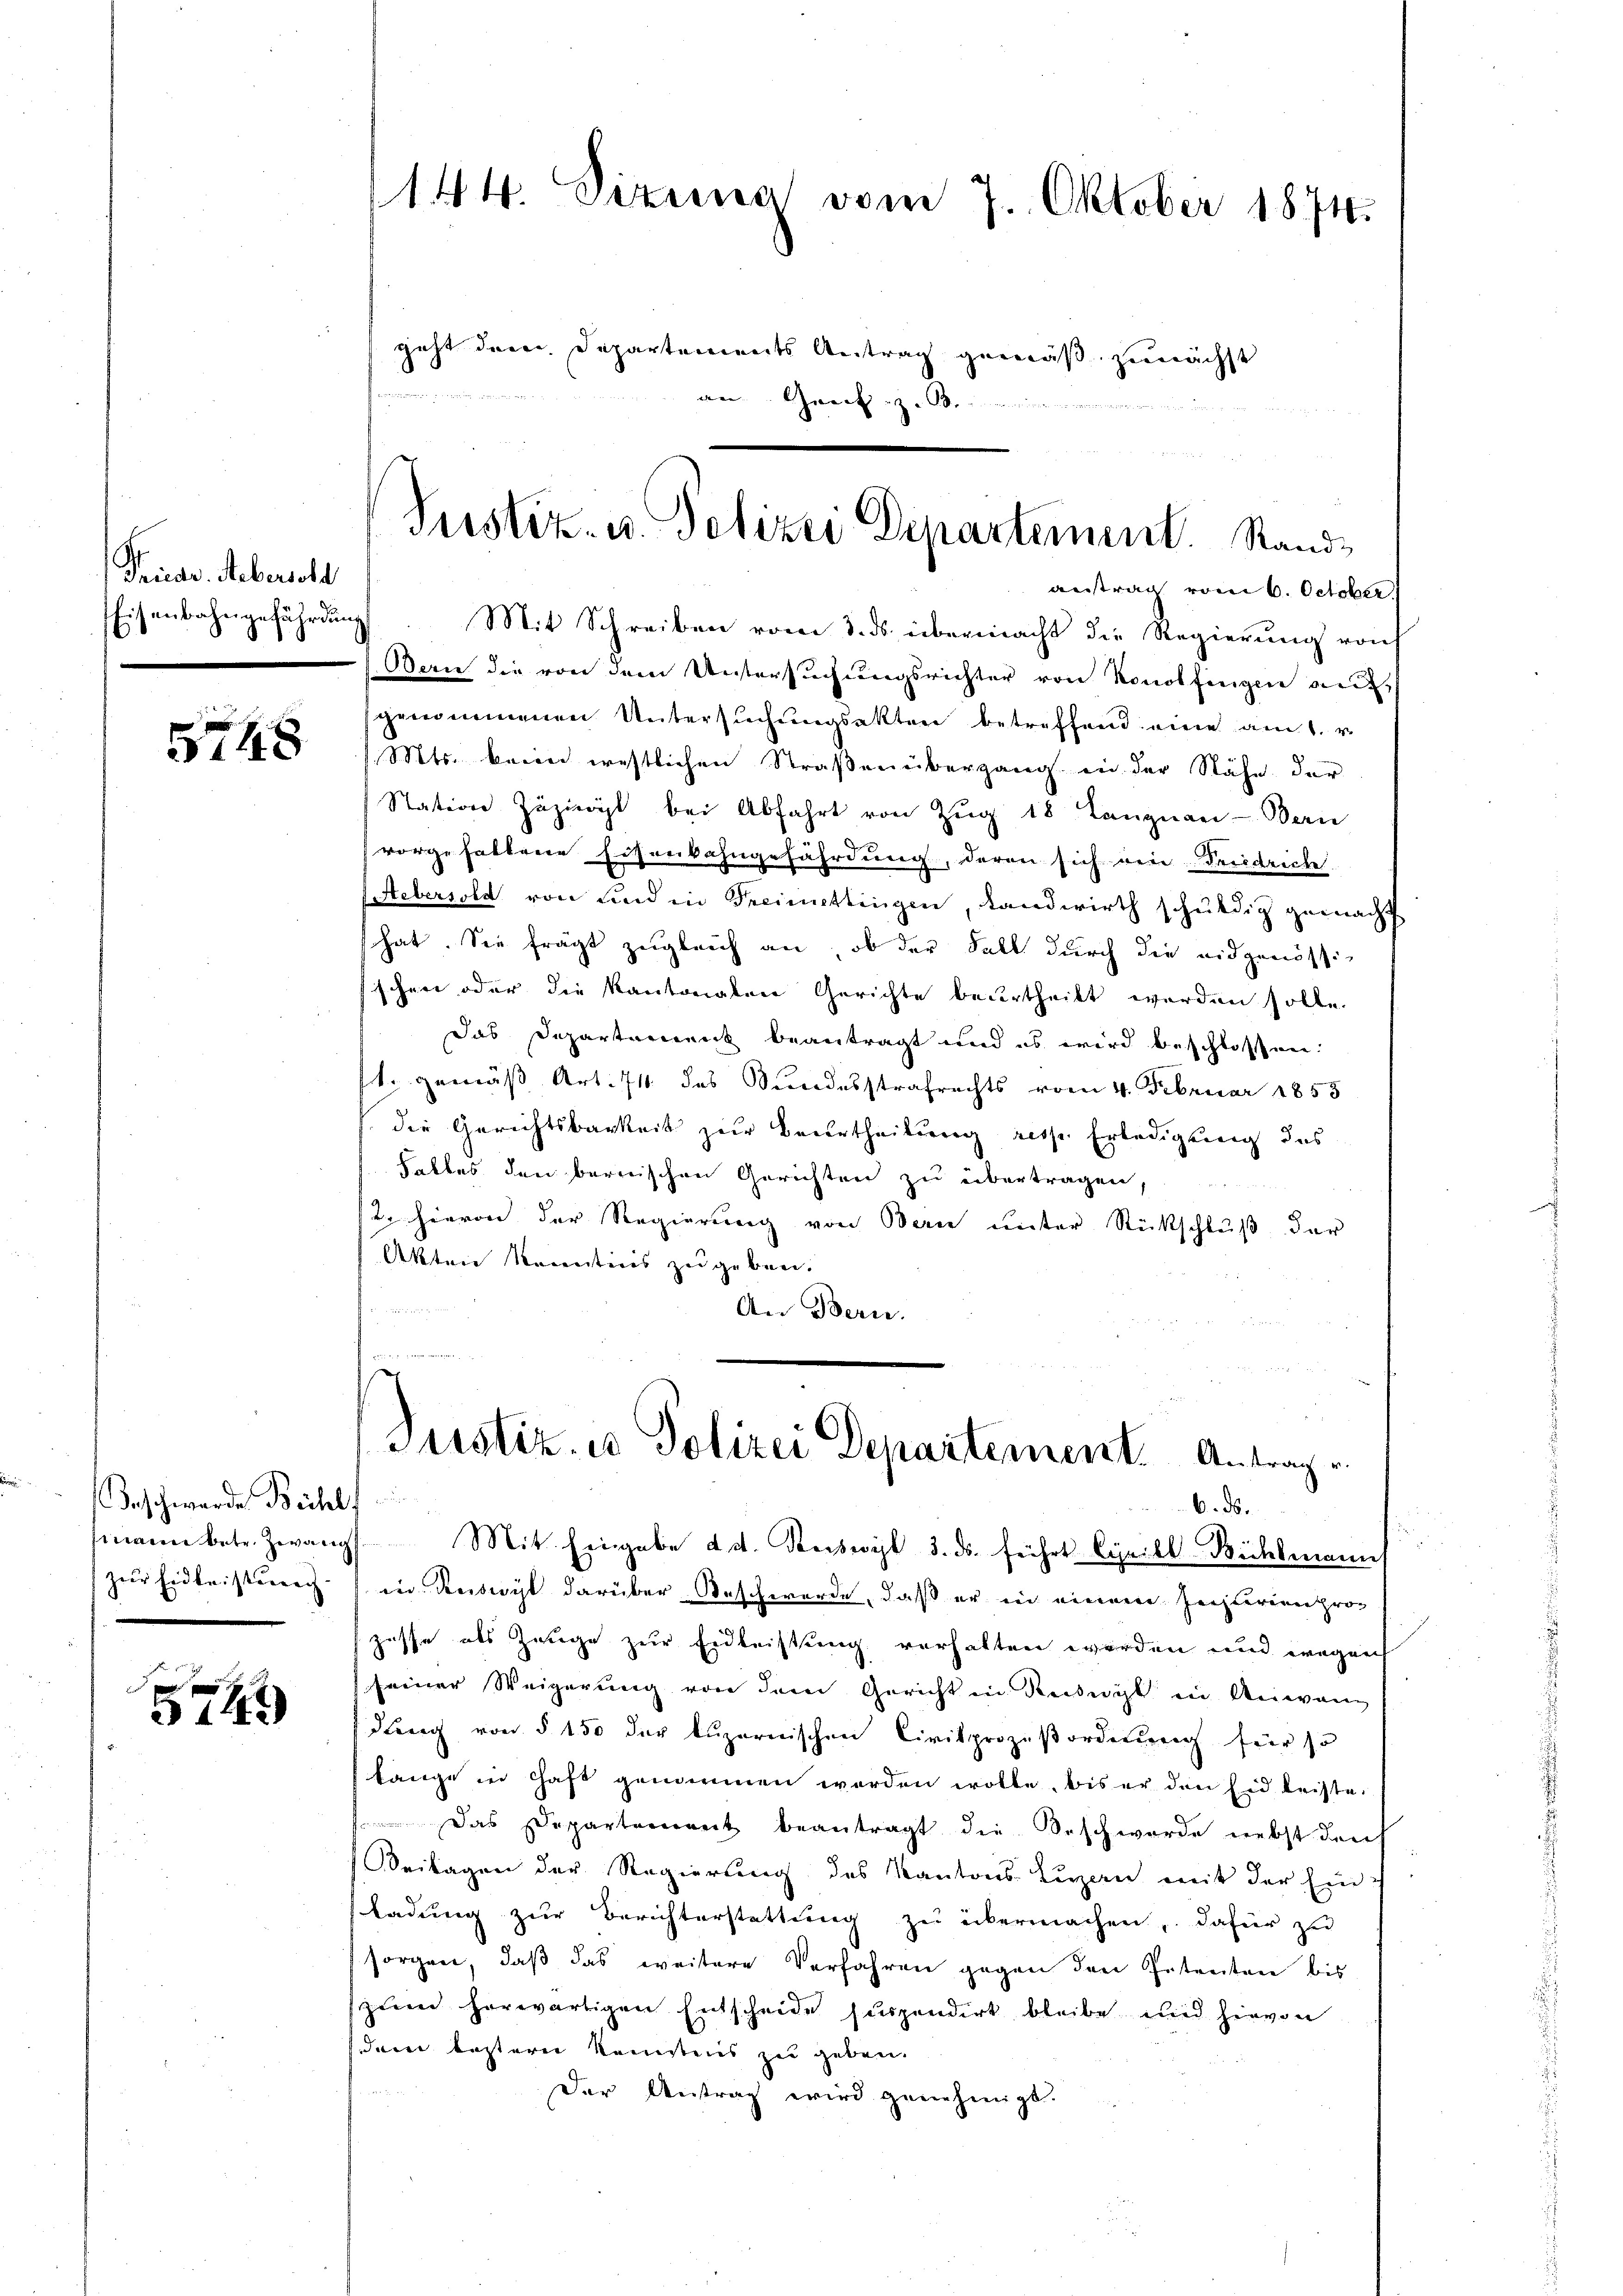
Tride Aebersche
Eisenbahngefährdungs

5748

Geschwerde Büchl
zur Eidleistung
e

m
3442)

144. Sizina vom 7. Oktober 1874.

geht der Departements Antrag gemäß, zunächst
 |
Gent eine

Bern die von dem Untersuchungsrichter von Konolfingen auf
genommenen Untersŭchŭngsakten betreffend eine am 1. v.
Mts. keine westlichen Straßenübergang in der Nähe der
Station Zuziert bei Abfahrt von Zŭg 18 Tanznau - Bern
vorgehaltene Eisenbahngefährdung, deren sich vere Friedriche
Aebersold von sind in Treimettingen, Sandwirth schuldig gemacht
hat. Sie frägt zugleich an, ob der Fall durch die eidgenössi
sschen oder die kantonalen Gerichte beurtheilt werden solle.
Das Departement beantragt und es wird beschlossen:
1. gemäß Art. 711 des Bundesstrafrechts vom 4. Februar 1855
die Gerichtsbarkeit zur Beurtheilung resse Erledigung des
Falles den bernischen Gerichten zu übertragen
2. hievon der Regierung von Berne unter Rückschluß der
Akten kanntnis zu geben.
An Bern.

Justiz- u. Polizei Departement. Stands
anstrag vom 6. October
Mit Schreiben vom 3. ds. übermacht die Regierung rauh

Justiz, in Polizei Departement. Antrag
6. ds.
fmann betr. Zwangs Mit Eingabe d. d. Ruswyl 3. ds. führt lyribl. Bühlmanns

in Reiseist darüber Beschwerde, daß er in einem Zeiterienpropasse als Zeuge zur Erdleistung verhalten werden und wegen
seiner Weigerung von dem Gericht in Reidigt in Anwan
dung von § 150 der luzernischen Civilprozeßorderung für so
lange in Haft genommen werden wolle, bis er den Eid leiste.
 Das Departerrent beantragt die Beschwerde nebst durch
Beilagen der Regierung des Kantons Luzan mit der Ein-
ladung zur Berichterstattung zu übermachen, dafür zu
sorgen, daß das weitere Verfahren gegen den Petenten bis
zum herwärtigen Entscheide suspendirt bleibe und hievon
dem leztern kamstens zu geben.
Der Antrag wird genehmigt.